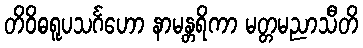
တိဝိဓရူပသင်္ဂဟော နာမန္တရိကာ မတ္တမညာသီတိ